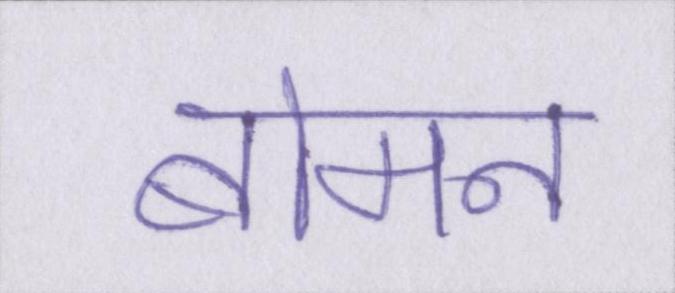
बोमन